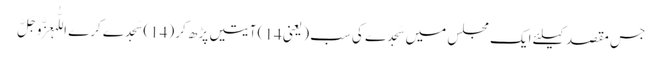
جس مقصد کیلئے ایک مجلس میں سَجدے کی سب ( یعنی 14 ) آیتیں پڑھ کر (14) سَجدے کرے اللّٰہعَزَّوَجَلَّ